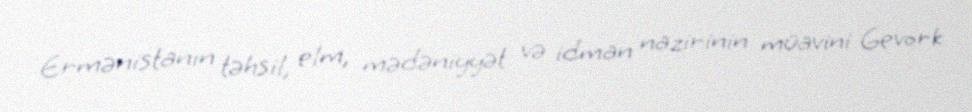
Ermənistanın təhsil, elm, mədəniyyət və idman nazirinin müavini Gevork